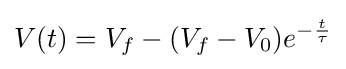
V(t)=V_{f}-(V_{f}-V_{0})e^{-{\frac {t}{\tau }}}